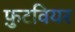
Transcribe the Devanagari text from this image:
फ़ुटवियर